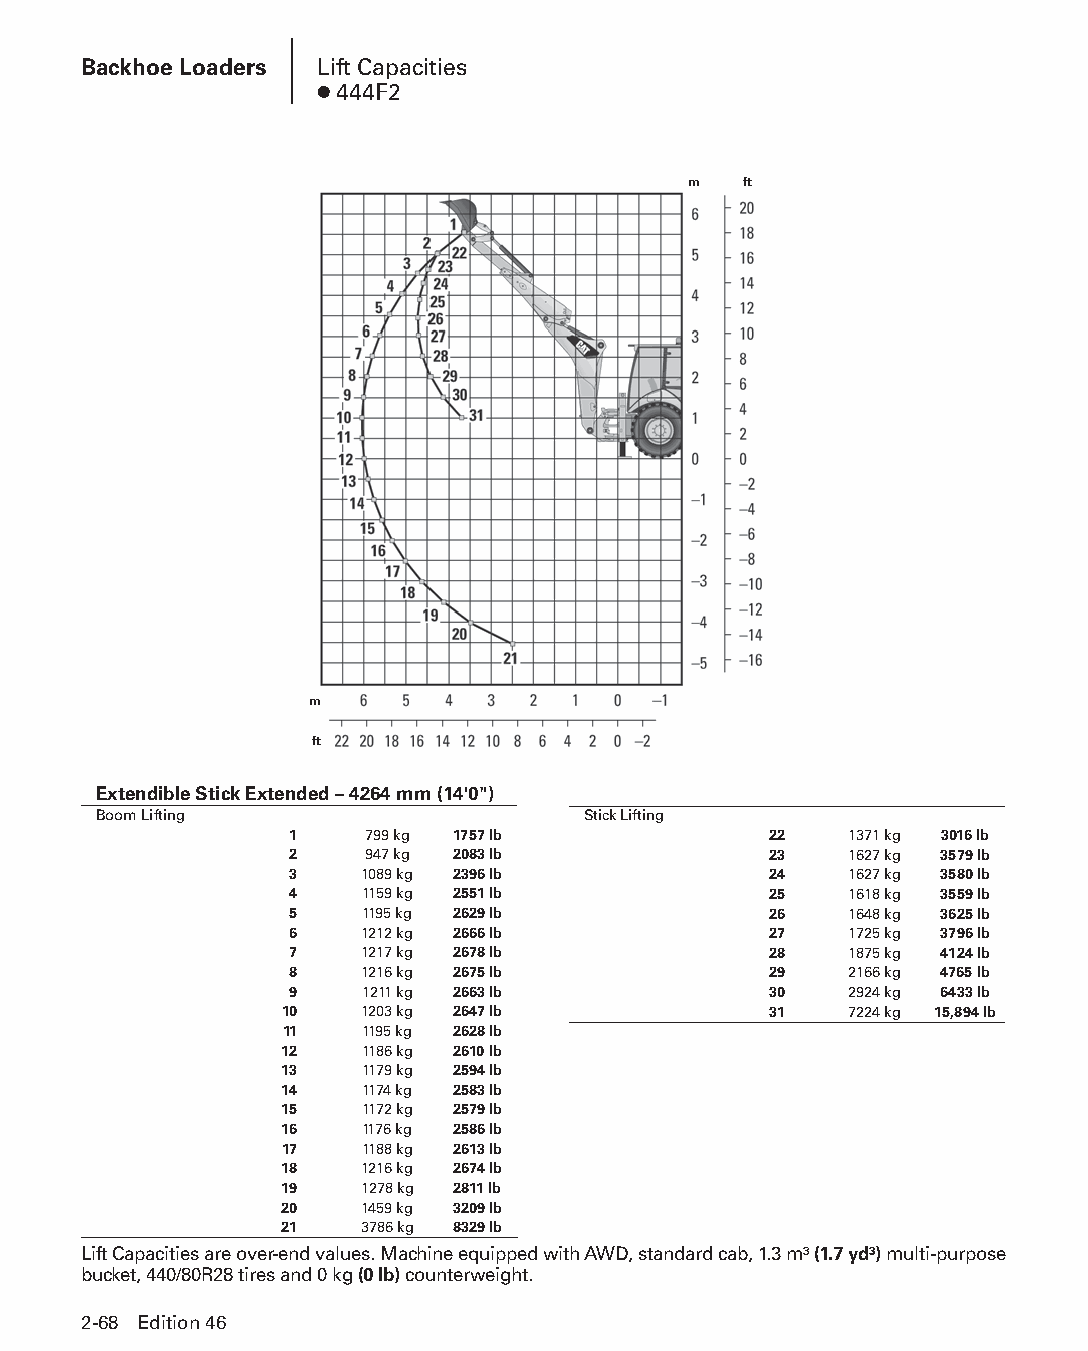
Backhoe Loaders Lift Capacities
 ● 444F2
 m   ft
 m
 ft
 Extendible Stick Extended – 4264 mm (14'0")
 Boom Lifting                    Stick Lifting
 1    799 kg 1757 lb            22    1371 kg 3016 lb
 2    947 kg 2083 lb            23    1627 kg 3579 lb
 3   1089 kg 2396 lb            24    1627 kg 3580 lb
 4   1159 kg 2551 lb            25    1618 kg 3559 lb
 5   1195 kg 2629 lb            26    1648 kg 3625 lb
 6   1212 kg 2666 lb            27    1725 kg 3796 lb
 7   1217 kg 2678 lb            28    1875 kg 4124 lb
 8   1216 kg 2675 lb            29    2166 kg 4765 lb
 9   1211 kg 2663 lb            30    2924 kg 6433 lb
 10   1203 kg 2647 lb            31    7224 kg 15,894 lb
 11   1195 kg 2628 lb
 12   1186 kg 2610 lb
 13   1179 kg 2594 lb
 14   1174 kg 2583 lb
 15   1172 kg 2579 lb
 16   1176 kg 2586 lb
 17   1188 kg 2613 lb
 18   1216 kg 2674 lb
 19   1278 kg 2811 lb
 20   1459 kg 3209 lb
 21   3786 kg 8329 lb
 Lift Capacities are over-end values. Machine equipped with AWD, standard cab, 1.3 m3 (1.7 yd3) multi-purpose
 bucket, 440/80R28 tires and 0 kg (0 lb) counterweight.
 2-68 Edition 46
 PPHHBB--SSeecc0022--1166..iinndddd 6688                        1122//44//1155 1100::2266 AAMM